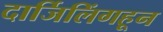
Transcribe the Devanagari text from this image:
दार्जिलिंगहून